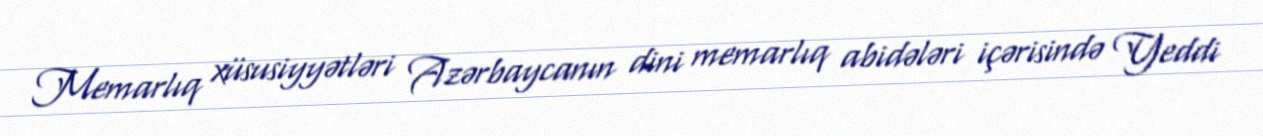
Memarlıq xüsusiyyətləri Azərbaycanın dini memarlıq abidələri içərisində Yeddi